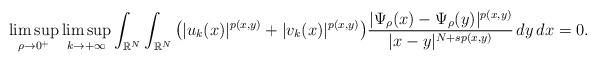
LaTeX: \begin{align*}\limsup_{\rho\to 0^{+}}\limsup_{k\to +\infty} \int_{\mathbb{R}^{N}}\int_{\mathbb{R}^{N}}\big(|u_{k}(x)|^{p(x,y)}+ |v_{k}(x)|^{p(x,y)}\big)\frac{|\Psi_{\rho}(x)-\Psi_{\rho}(y)|^{p(x,y)}}{|x-y|^{N+sp(x,y)}} \,dy\,dx=0.\end{align*}